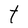
Character: t